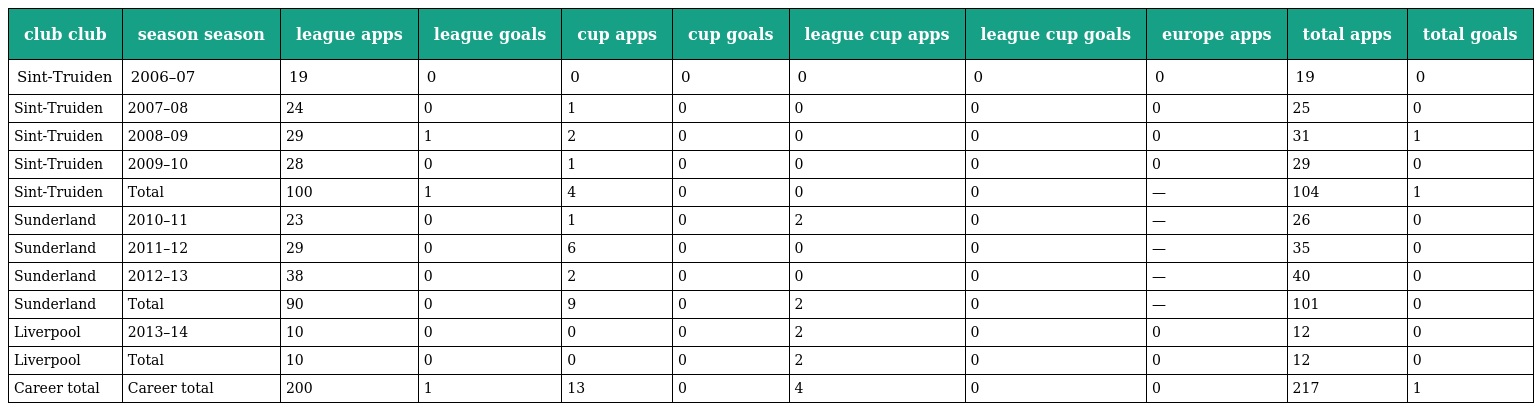
| club club | season season | league apps | league goals | cup apps | cup goals | league cup apps | league cup goals | europe apps | total apps | total goals |
 | --- | --- | --- | --- | --- | --- | --- | --- | --- | --- | --- |
 | Sint-Truiden | 2006–07 | 19 | 0 | 0 | 0 | 0 | 0 | 0 | 19 | 0 |
 | Sint-Truiden | 2007–08 | 24 | 0 | 1 | 0 | 0 | 0 | 0 | 25 | 0 |
 | Sint-Truiden | 2008–09 | 29 | 1 | 2 | 0 | 0 | 0 | 0 | 31 | 1 |
 | Sint-Truiden | 2009–10 | 28 | 0 | 1 | 0 | 0 | 0 | 0 | 29 | 0 |
 | Sint-Truiden | Total | 100 | 1 | 4 | 0 | 0 | 0 | — | 104 | 1 |
 | Sunderland | 2010–11 | 23 | 0 | 1 | 0 | 2 | 0 | — | 26 | 0 |
 | Sunderland | 2011–12 | 29 | 0 | 6 | 0 | 0 | 0 | — | 35 | 0 |
 | Sunderland | 2012–13 | 38 | 0 | 2 | 0 | 0 | 0 | — | 40 | 0 |
 | Sunderland | Total | 90 | 0 | 9 | 0 | 2 | 0 | — | 101 | 0 |
 | Liverpool | 2013–14 | 10 | 0 | 0 | 0 | 2 | 0 | 0 | 12 | 0 |
 | Liverpool | Total | 10 | 0 | 0 | 0 | 2 | 0 | 0 | 12 | 0 |
 | Career total | Career total | 200 | 1 | 13 | 0 | 4 | 0 | 0 | 217 | 1 |